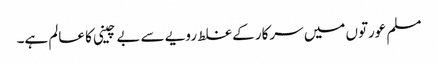
مسلم عورتوں میں سرکار کے غلط رویے سے بے چینی کا عالم ہے۔